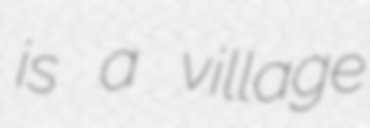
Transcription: is a village